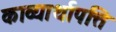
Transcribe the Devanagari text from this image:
काव्यार्थापत्ति